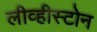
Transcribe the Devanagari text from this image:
लीव्हीस्टोन